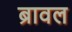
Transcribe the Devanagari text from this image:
ब्रावल